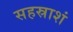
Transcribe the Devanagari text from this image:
सहस्राशं